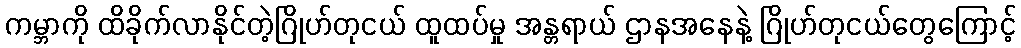
ကမ္ဘာကို ထိခိုက်လာနိုင်တဲ့ဂြိုဟ်တုငယ် ထူထပ်မှု အန္တရာယ် ဌာနအနေနဲ့ ဂြိုဟ်တုငယ်တွေကြောင့်